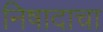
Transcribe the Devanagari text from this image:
निषादाचा